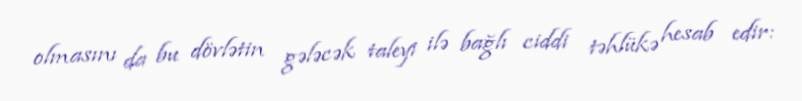
olmasını da bu dövlətin gələcək taleyi ilə bağlı ciddi təhlükə hesab edir: